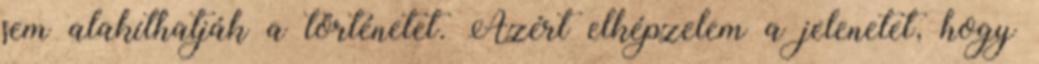
sem alakíthatják a történetet. Azért elképzelem a jelenetet, hogy